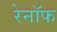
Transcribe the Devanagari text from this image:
रेनॉफ